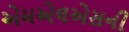
એમએલએસની